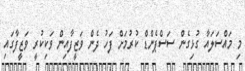
މި މައްސަލައާ ގުޅިގެން ސަސްޕެންޑް ކުރުމަށް ފަހު ދެން ވަޒީފާއިން ވަކިކުރީ ވަޒީފާގައި